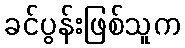
ခင်ပွန်းဖြစ်သူက